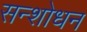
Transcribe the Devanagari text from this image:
सन्शोधन